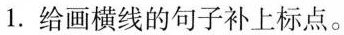
1.给画横线的句子补上标点。